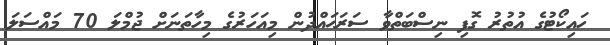
ހައިކޯޓުގެ އުތުރު ގޮފި ނިސްބަތްވާ ސަރަޙައްދުން މިއަހަރުގެ މިހާތަނަށް ޖުމްލަ 70 މައްސަލަ